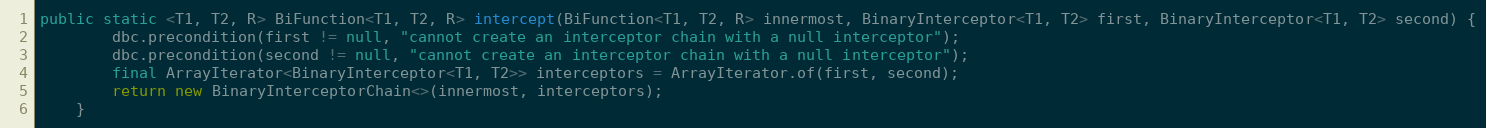
Language: Java
public static <T1, T2, R> BiFunction<T1, T2, R> intercept(BiFunction<T1, T2, R> innermost, BinaryInterceptor<T1, T2> first, BinaryInterceptor<T1, T2> second) {
        dbc.precondition(first != null, "cannot create an interceptor chain with a null interceptor");
        dbc.precondition(second != null, "cannot create an interceptor chain with a null interceptor");
        final ArrayIterator<BinaryInterceptor<T1, T2>> interceptors = ArrayIterator.of(first, second);
        return new BinaryInterceptorChain<>(innermost, interceptors);
    }